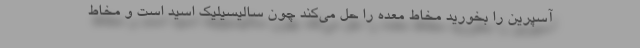
آسپرین را بخورید مخاط معده را حل می‌کند چون سالیسیلیک اسید است و مخاط